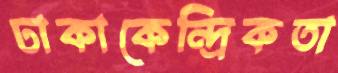
ঢাকাকেন্দ্রিকতা